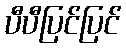
ပီပီပြင်ပြင်